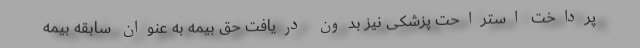
پرداخت استراحت پزشکی نیز بدون دریافت حق بیمه به عنوان سابقه بیمه